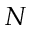
N